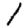
Digit: 1